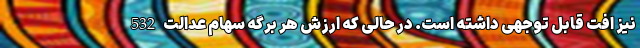
نیز افت قابل توجهی داشته است. در حالی که ارزش هر برگه سهام عدالت 532